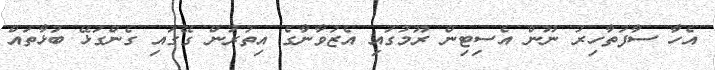
އެހާ ސާފުތާހިރު ނޫން އެސިޓިން ރޫމުގައި އެޒުވާނާގެ އިތުރުން ގޭގައި ގެންގުޅޭ ބުޅާތައް